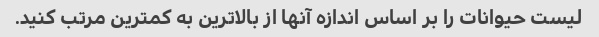
لیست حیوانات را بر اساس اندازه آنها از بالاترین به کمترین مرتب کنید.